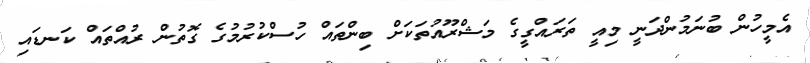
އެމީހުން ބުނަމުންދަނީ މިއީ ތަރައްގީގެ މަޝްރޫއުތަކަށް ބިންތައް ހުސްކުރުމުގެ ގޮތުން ރުއްތައް ކަނޑައި